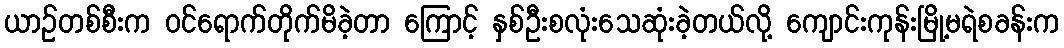
ယာဉ်တစ်စီးက ဝင်ရောက်တိုက်မိခဲ့တာ ကြောင့် နှစ်ဦးစလုံးသေဆုံးခဲ့တယ်လို့ ကျောင်းကုန်းမြို့မရဲစခန်းက